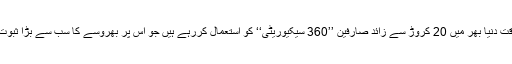
اس وقت دنیا بھر میں 20 کروڑ سے زائد صارفین ’’360 سیکیوریٹی‘‘ کو استعمال کررہے ہیں جو اس پر بھروسے کا سب سے بڑا ثبوت ہے۔